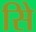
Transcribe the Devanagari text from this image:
सिे